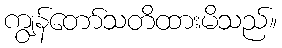
ကျွန်တော်သတိထားမိသည်။